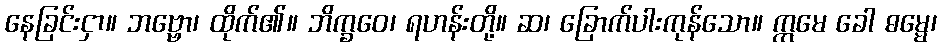
နေခြင်းငှာ။ ဘဗ္ဗော၊ ထိုက်၏။ ဘိက္ခဝေ၊ ရဟန်းတို့။ ဆ၊ ခြောက်ပါးကုန်သော။ ဣမေ ခေါ ဓမ္မေ၊